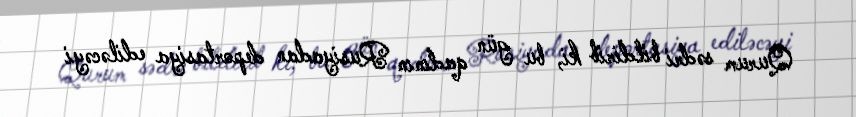
Qurum sədri bildirib ki, bu gün qadının Rusiyadan deportasiya ediləcəyi